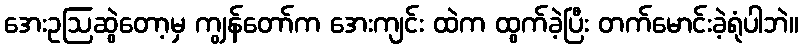
အေးဥဩဆွဲတော့မှ ကျွန်တော်က အေးကျင်း ထဲက ထွက်ခဲ့ပြီး တက်မောင်းခဲ့ရုံပါဘဲ။